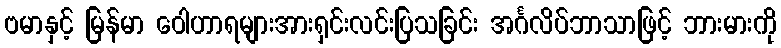
ဗမာနှင့် မြန်မာ ဝေါဟာရများအားရှင်းလင်းပြသခြင်း အင်္ဂလိပ်ဘာသာဖြင့် ဘားမားကို